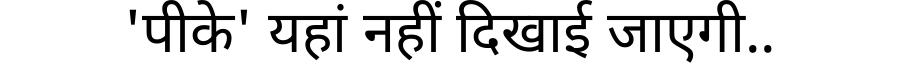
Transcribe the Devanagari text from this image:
'पीके' यहां नहीं दिखाई जाएगी..